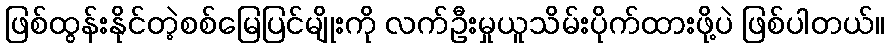
ဖြစ်ထွန်းနိုင်တဲ့စစ်မြေပြင်မျိုးကို လက်ဦးမှုယူသိမ်းပိုက်ထားဖို့ပဲ ဖြစ်ပါတယ်။